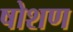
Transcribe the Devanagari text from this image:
षोशण